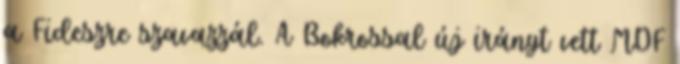
a Fideszre szavazzál. A Bokrossal új irányt vett MDF